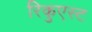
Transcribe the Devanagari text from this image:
रिकुएस्ट